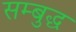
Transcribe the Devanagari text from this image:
सम्बुद्ध